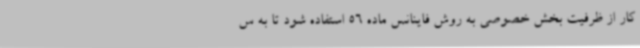
کار از ظرفیت بخش خصوصی به روش فاینانس ماده 56 استفاده شود تا به س